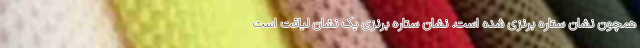
همچون نشان ستاره برنزی شده ‌است. نشان ستاره برنزی یک نشان لیاقت است